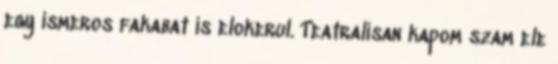
egy ismeros fakabat is elokerul. Teatralisan kapom szam ele